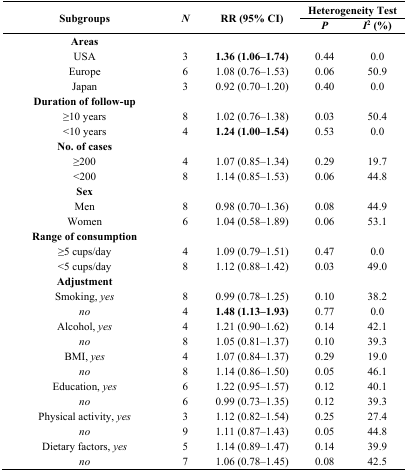
<table><thead><tr><td rowspan="2"><b>Subgroups</b></td><td rowspan="2"><b><i>N</i></b></td><td rowspan="2"><b>RR (95% CI)</b></td><td colspan="2"><b>Heterogeneity Test</b></td></tr><tr><td><b><i>P</i></b></td><td><b><i>I</i><sup>2</sup> (%)</b></td></tr></thead><tbody><tr><td><b>Areas</b></td><td></td><td></td><td></td><td></td></tr><tr><td>USA</td><td>3</td><td><b>1.36 (1.06–1.74)</b></td><td>0.44</td><td>0.0</td></tr><tr><td>Europe</td><td>6</td><td>1.08 (0.76–1.53)</td><td>0.06</td><td>50.9</td></tr><tr><td>Japan</td><td>3</td><td>0.92 (0.70–1.20)</td><td>0.40</td><td>0.0</td></tr><tr><td><b>Duration of follow-up</b></td><td></td><td></td><td></td><td></td></tr><tr><td>≥10 years</td><td>8</td><td>1.02 (0.76–1.38)</td><td>0.03</td><td>50.4</td></tr><tr><td>&lt;10 years</td><td>4</td><td><b>1.24 (1.00–1.54)</b></td><td>0.53</td><td>0.0</td></tr><tr><td><b>No. of cases</b></td><td></td><td></td><td></td><td></td></tr><tr><td>≥200</td><td>4</td><td>1.07 (0.85–1.34)</td><td>0.29</td><td>19.7</td></tr><tr><td>&lt;200</td><td>8</td><td>1.14 (0.85–1.53)</td><td>0.06</td><td>44.8</td></tr><tr><td><b>Sex</b></td><td></td><td></td><td></td><td></td></tr><tr><td>Men</td><td>8</td><td>0.98 (0.70–1.36)</td><td>0.08</td><td>44.9</td></tr><tr><td>Women</td><td>6</td><td>1.04 (0.58–1.89)</td><td>0.06</td><td>53.1</td></tr><tr><td><b>Range of consumption</b></td><td></td><td></td><td></td><td></td></tr><tr><td>≥5 cups/day</td><td>4</td><td>1.09 (0.79–1.51)</td><td>0.47</td><td>0.0</td></tr><tr><td>&lt;5 cups/day</td><td>8</td><td>1.12 (0.88–1.42)</td><td>0.03</td><td>49.0</td></tr><tr><td><b>Adjustment</b></td><td></td><td></td><td></td><td></td></tr><tr><td>Smoking,<i>yes</i></td><td>8</td><td>0.99 (0.78–1.25)</td><td>0.10</td><td>38.2</td></tr><tr><td><i>no</i></td><td>4</td><td><b>1.48 (1.13–1.93)</b></td><td>0.77</td><td>0.0</td></tr><tr><td>Alcohol,<i>yes</i></td><td>4</td><td>1.21 (0.90–1.62)</td><td>0.14</td><td>42.1</td></tr><tr><td><i>no</i></td><td>8</td><td>1.05 (0.81–1.37)</td><td>0.10</td><td>39.3</td></tr><tr><td>BMI,<i> yes</i></td><td>4</td><td>1.07 (0.84–1.37)</td><td>0.29</td><td>19.0</td></tr><tr><td><i>no</i></td><td>8</td><td>1.14 (0.86–1.50)</td><td>0.05</td><td>46.1</td></tr><tr><td>Education,<i>yes</i></td><td>6</td><td>1.22 (0.95–1.57)</td><td>0.12</td><td>40.1</td></tr><tr><td><i>no</i></td><td>6</td><td>0.99 (0.73–1.35)</td><td>0.12</td><td>39.3</td></tr><tr><td>Physical activity,<i>yes</i></td><td>3</td><td>1.12 (0.82–1.54)</td><td>0.25</td><td>27.4</td></tr><tr><td><i>no</i></td><td>9</td><td>1.11 (0.87–1.43)</td><td>0.05</td><td>44.8</td></tr><tr><td>Dietary factors,<i>yes</i></td><td>5</td><td>1.14 (0.89–1.47)</td><td>0.14</td><td>39.9</td></tr><tr><td><i>no</i></td><td>7</td><td>1.06 (0.78–1.45)</td><td>0.08</td><td>42.5</td></tr></tbody></table>